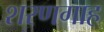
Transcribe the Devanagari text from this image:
शरणगाह